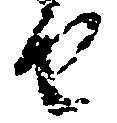
由